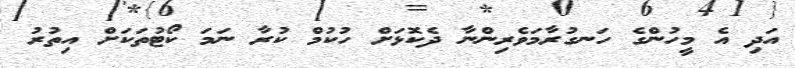
އަދި އެ މީހުންގެ ހަނގުރާމަވެރިންނާ ދެކޮޅަށް ހުކުމް ކުރާ ނަމަ ކޯޓުތަކަށް އިތުރު